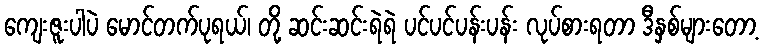
ကျေးဇူးပါပဲ မောင်တက်ပုရယ်၊ တို့ ဆင်းဆင်းရဲရဲ ပင်ပင်ပန်းပန်း လုပ်စားရတာ ဒီနှစ်များတော့